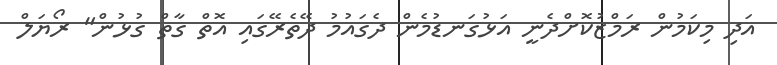
އަދި މިކަމުން ރަމްޒުކޮށްދެނީ އަޅުގަނޑުމެން ދެގައުމު ދޭތެރޭގައި އޮތް ގާތް ގުޅުން" ރޯޔަލް